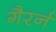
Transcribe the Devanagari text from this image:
गैरर्न